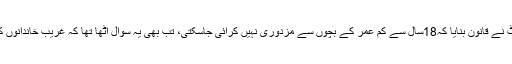
1986 میں جب پارلیمنٹ نے قانون بنایا کہ18سال سے کم عمر کے بچوں سے مزدوری نہیں کرائی جاسکتی، تب بھی یہ سوال اٹھا تھا کہ غریب خاندانوں کیلئے مشکل ہوجائے گی۔